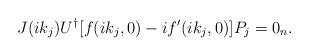
LaTeX: \begin{align*}J(ik_j)U^\dagger[f(ik_j,0)-if'(ik_j,0)]P_j=0_n.\end{align*}